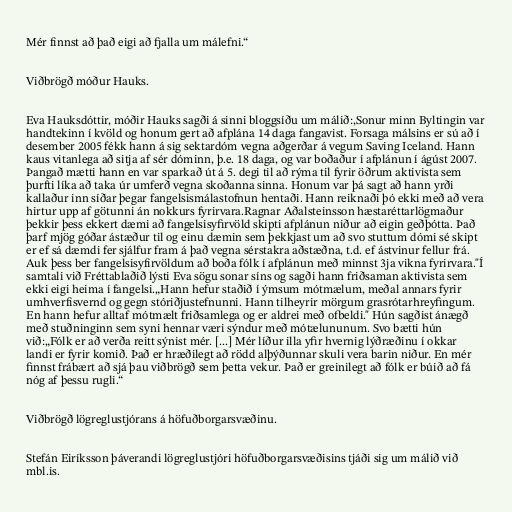
Mér finnst að það eigi að fjalla um málefni.“

Viðbrögð móður Hauks.

Eva Hauksdóttir, móðir Hauks sagði á sinni bloggsíðu um málið:,Sonur minn Byltingin var
handtekinn í kvöld og honum gert að afplána 14 daga fangavist. Forsaga málsins er sú að í
desember 2005 fékk hann á sig sektardóm vegna aðgerðar á vegum Saving Iceland. Hann
kaus vitanlega að sitja af sér dóminn, þ.e. 18 daga, og var boðaður í afplánun í ágúst 2007.
Þangað mætti hann en var sparkað út á 5. degi til að rýma til fyrir öðrum aktivista sem
þurfti líka að taka úr umferð vegna skoðanna sinna. Honum var þá sagt að hann yrði
kallaður inn síðar þegar fangelsismálastofnun hentaði. Hann reiknaði þó ekki með að vera
hirtur upp af götunni án nokkurs fyrirvara.Ragnar Aðalsteinsson hæstaréttarlögmaður
þekkir þess ekkert dæmi að fangelsisyfirvöld skipti afplánun niður að eigin geðþótta. Það
þarf mjög góðar ástæður til og einu dæmin sem þekkjast um að svo stuttum dómi sé skipt
er ef sá dæmdi fer sjálfur fram á það vegna sérstakra aðstæðna, t.d. ef ástvinur fellur frá.
Auk þess ber fangelsisyfirvöldum að boða fólk í afplánun með minnst 3ja vikna fyrirvara."Í
samtali við Fréttablaðið lýsti Eva sögu sonar síns og sagði hann friðsaman aktivista sem
ekki eigi heima í fangelsi.„Hann hefur staðið í ýmsum mótmælum, meðal annars fyrir
umhverfisvernd og gegn stóriðjustefnunni. Hann tilheyrir mörgum grasrótarhreyfingum.
En hann hefur alltaf mótmælt friðsamlega og er aldrei með ofbeldi." Hún sagðist ánægð
með stuðninginn sem syni hennar væri sýndur með mótælununum. Svo bætti hún
við:„Fólk er að verða reitt sýnist mér. [...] Mér líður illa yfir hvernig lýðræðinu í okkar
landi er fyrir komið. Það er hræðilegt að rödd alþýðunnar skuli vera barin niður. En mér
finnst frábært að sjá þau viðbrögð sem þetta vekur. Það er greinilegt að fólk er búið að fá
nóg af þessu rugli.“

Viðbrögð lögreglustjórans á höfuðborgarsvæðinu.

Stefán Eiríksson þáverandi lögreglustjóri höfuðborgarsvæðisins tjáði sig um málið við
mbl.is.